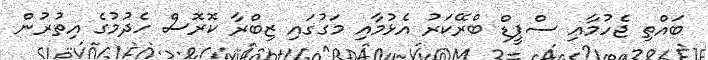
ބައްތި ޖެހުމާޢި ސްޕީޑް ބްރޭކަރު އެޅުމާއި މަގުގައި ޒިބްރާ ކޮރޮސް ހެދުމުގެ އިތުރުން